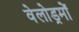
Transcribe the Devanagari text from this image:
वेलोड्रमों